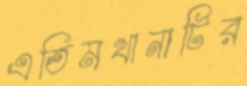
এতিমখানাটির